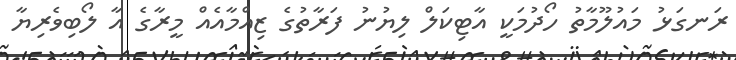
ރަނގަޅު މައުލޫމާތު ހޯދުމަކީ އާޓިކަލް ލިޔުނު ފަރާތުގެ ޒިއްމާއެއް މީރާގެ އާ ލޯބިވެރިޔާ